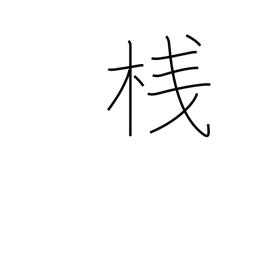
Meaning: cleat